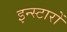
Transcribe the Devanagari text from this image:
इन्स्टारों